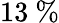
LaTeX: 13~\%